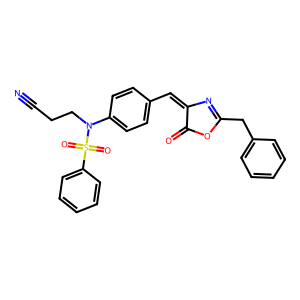
SMILES: N#CCCN(c1ccc(C=C2N=C(Cc3ccccc3)OC2=O)cc1)S(=O)(=O)c1ccccc1
Inhibits HIV replication: No